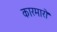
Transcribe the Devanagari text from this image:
कारमारो